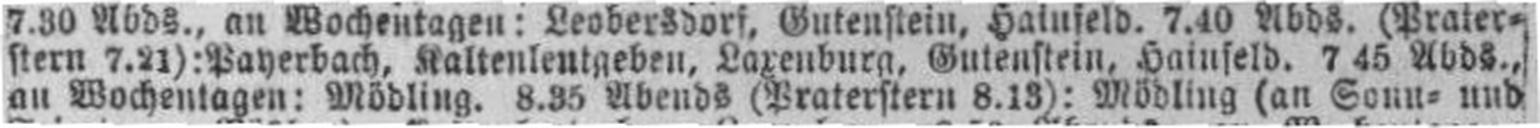
an Wochentagen: Mödling. 8.35 Abends (Praterstern 8.13): Mödling (an Sonn= und